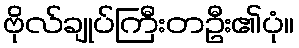
ဗိုလ်ချုပ်ကြီးတဦး၏ပုံ။